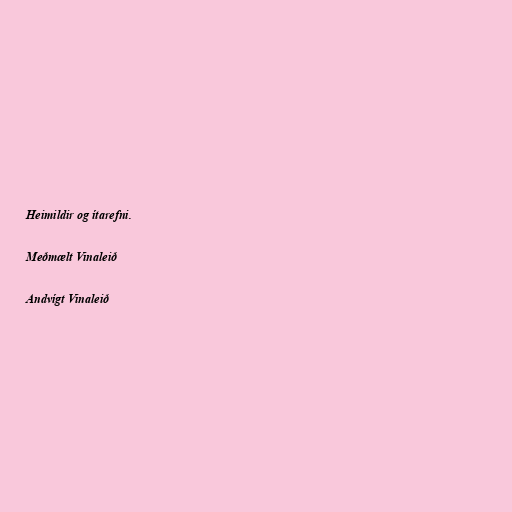
Heimildir og ítarefni.

Meðmælt Vinaleið

Andvígt Vinaleið